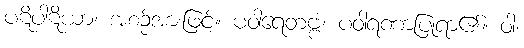
ပဋိပါဋိယာ၊ အစဉ်အားဖြင့်။ ပဝါရေတဗ္ဗံ၊ ပဝါရဏာပြုရာ၏။ ဝါ၊